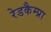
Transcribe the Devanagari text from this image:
रेडकैम्प्रा